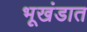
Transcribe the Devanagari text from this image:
भूखंडात